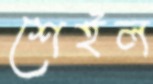
শেইল